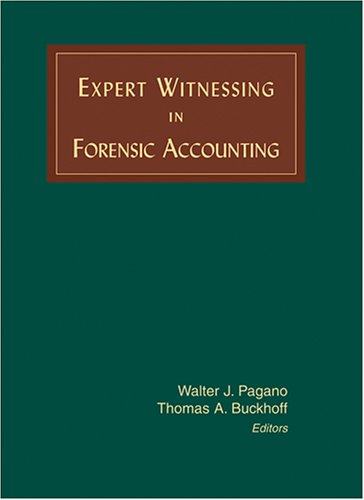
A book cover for Expert Witnessing in Forensic Accounting; Walter J. Pagano; Business & Money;